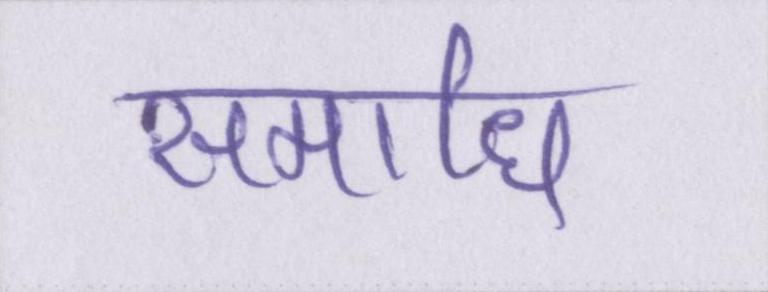
समाधि